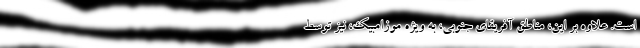
است. علاوه بر این، مناطق آفریقای جنوبی، به ویژه موزامبیک، نیز توسط